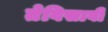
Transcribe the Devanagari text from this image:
तेविसावी